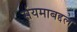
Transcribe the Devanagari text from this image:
संयमाबद्दल